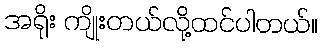
အရိုး ကျိုးတယ်လို့ထင်ပါတယ်။